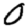
Digit: 0